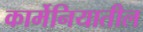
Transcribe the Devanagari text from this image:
कार्मेनियातील